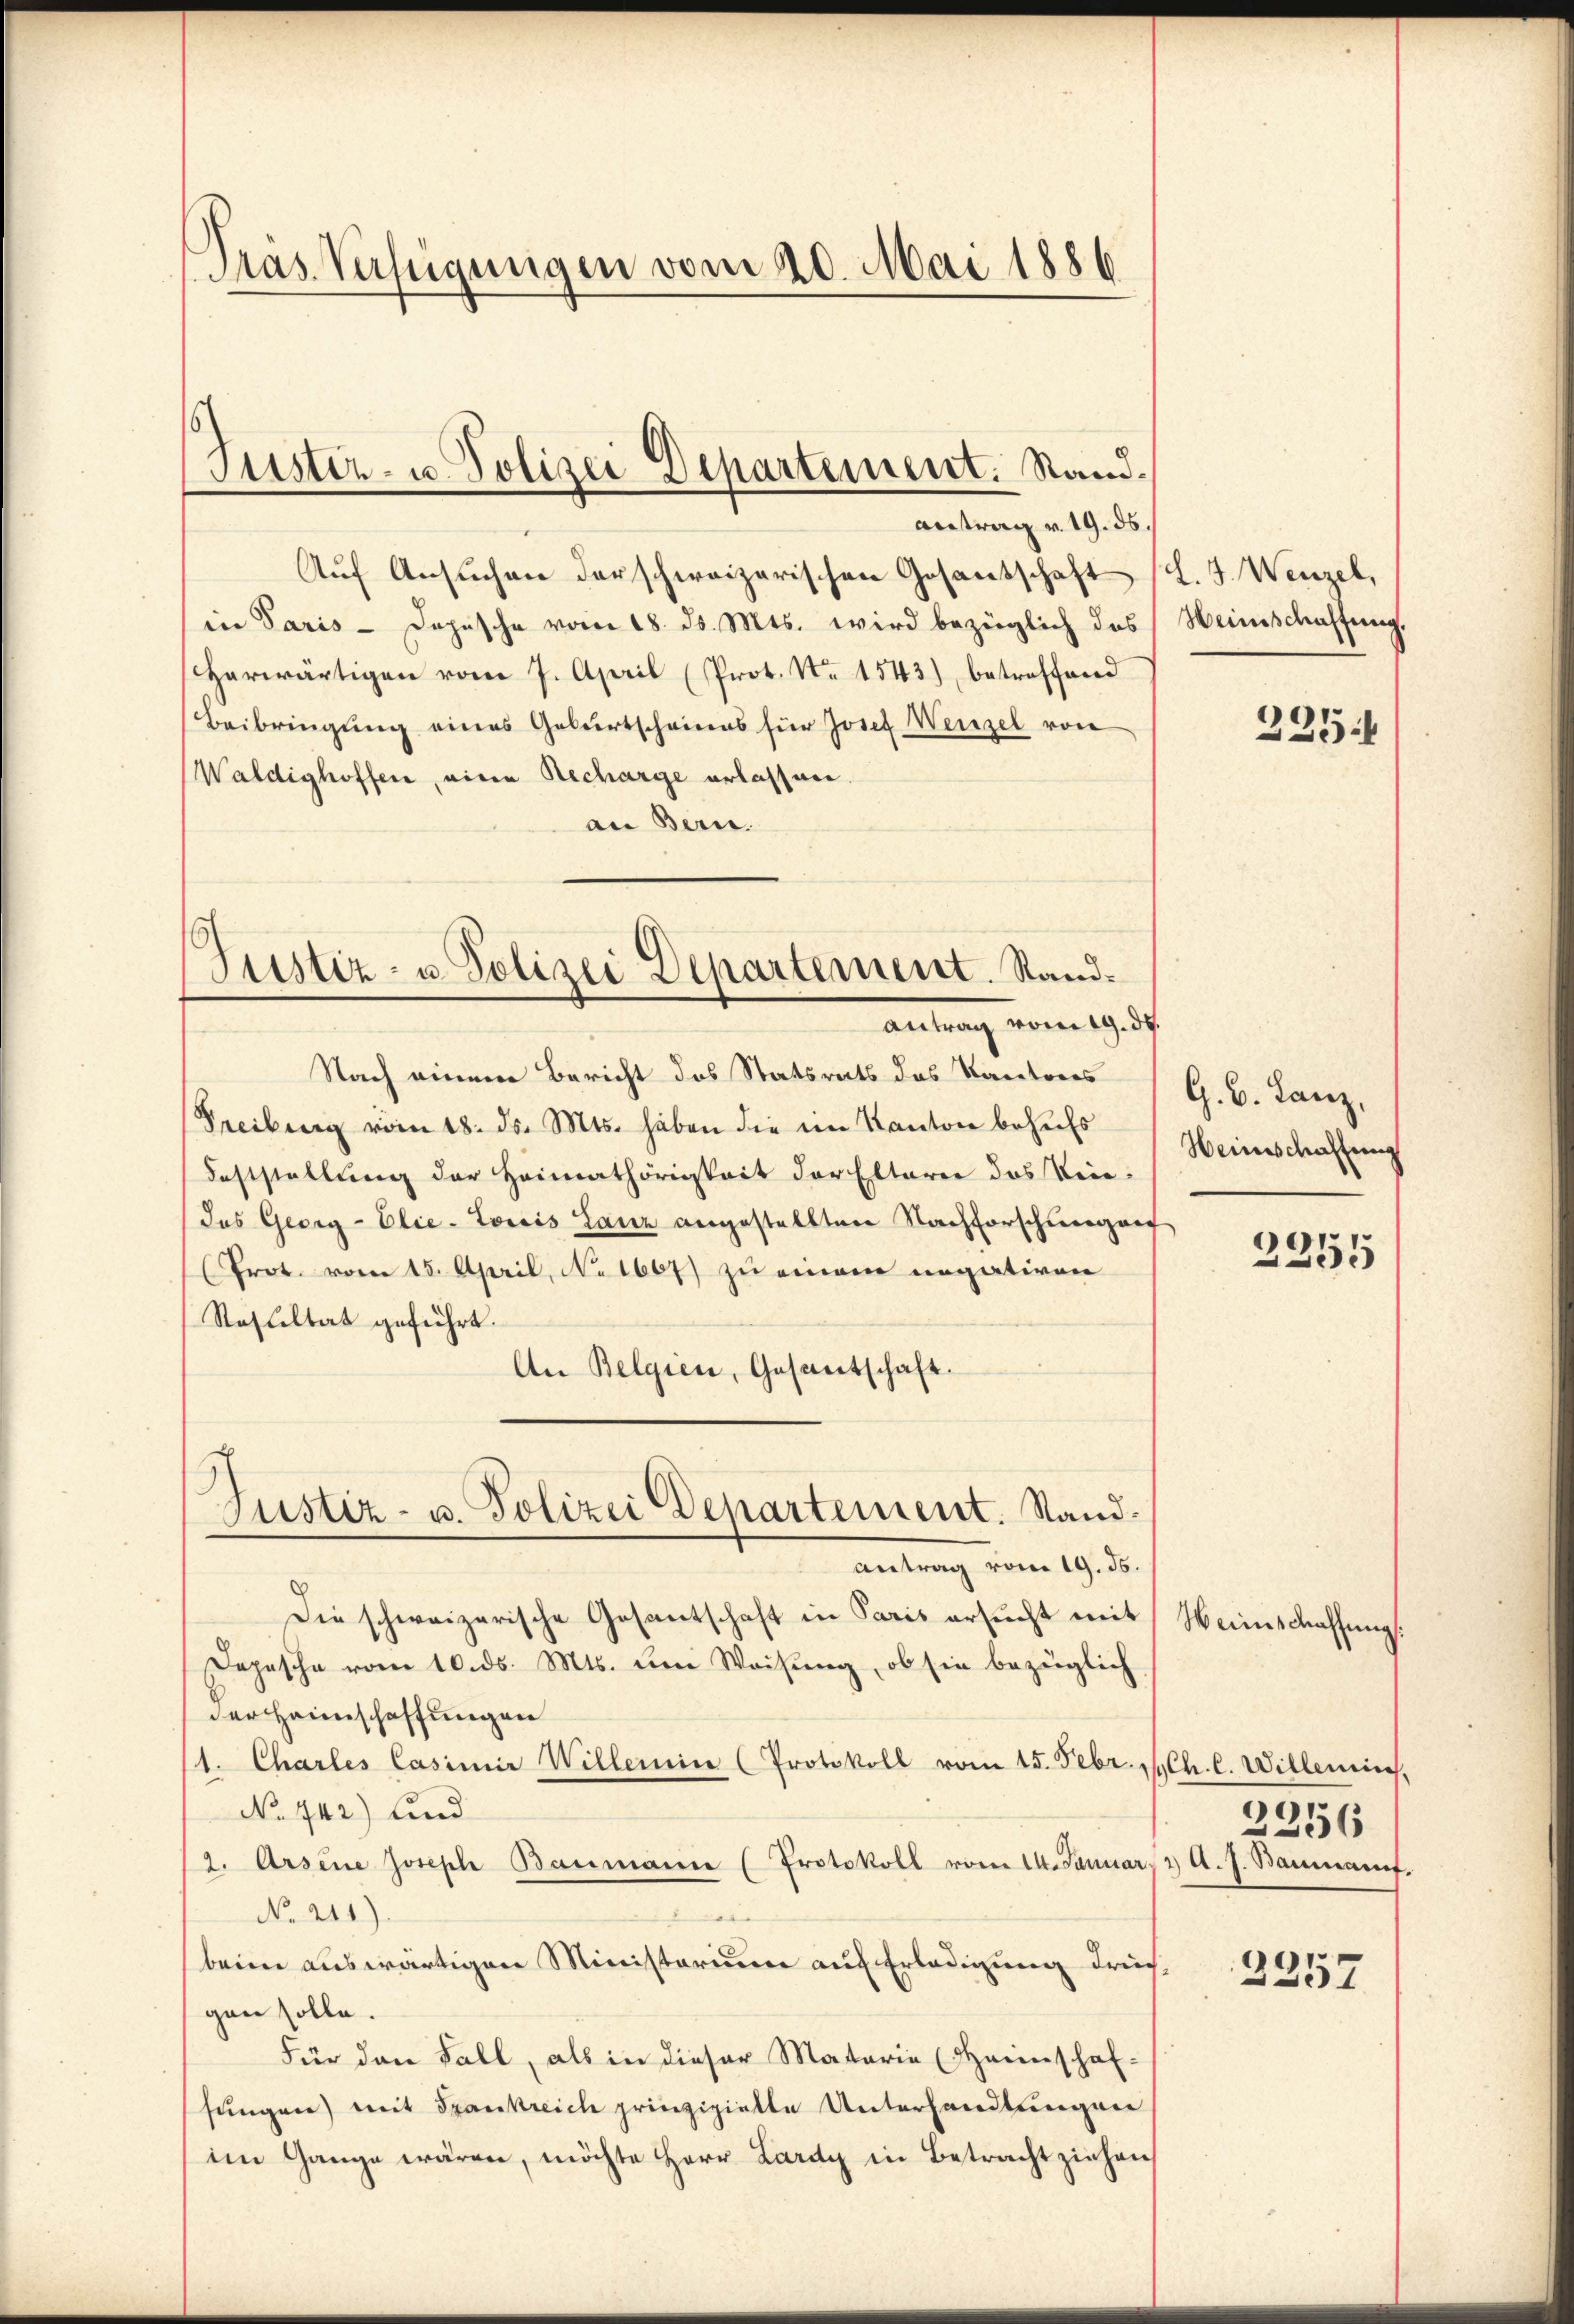
Pras Verfügungen vom 20. Mai 1886

Justiz- u. Polizei Departement. Stand¬

Justiz- u. Polizei Departement. Randantrag vom 19. ds.

Antrag v. 19. ds.
Auf Ansuchen der schweizerischen Gosantschaft (L. J. Wenzel,
in Paris - Dopische vom 18. ds. Mts. wird bezüglich das
herwärtigen vom 7. April (Prot. No 1543) betreffend
Beibringung eines Geburtscheines für Josef Wenzel von
Waldighoffen, eine Recharge erlassen.
an Bern.
Nach einem Bericht des Statsrats das Kantores
Freiburg vom 18. ds. Mts. haben die im Kanton behufs
Feststellung der Heimathörigkeit der Elterer das Krie-
das Georg - Elie-Lorcis Lanz angestellten Nachforschwergang
Prot. vom 15. April, No 1667 zu einem negativen
Resultat geführt.
An Belgien, Gesantschaft.
Justiz- u. Polizei Departement. Stand.
Antrag vom 19. ds.
Die schweizerische Gesantschaft in Paris ersucht mit
Depesche vom 10. ds. Mts. um Weisŭng, ob sie bezüglich
der Heimschaffungen
1. Charles Casimir Willenice (Protokoll vom 15. Febr. h. l. Willemie,
No. 442) und
2. Arsene Joseph Baumann (Protokoll vom 14. Januar 2. A. J. Baumanif.
No. 211)
beim auswärtigen Ministerium auf Erledigung drichgen solle.
Für den Fall, als in dieser Mataria Heimschaf-
sungen) mit Frankreich prinzipielte Unterhandlungen
im Gange wären, möchte Herr Lardy in Betracht ziehen

Weinschaffung.

235.

G. B. Lanz,
Weinschaffung

2255

Weinschaffung

1
236

2357